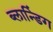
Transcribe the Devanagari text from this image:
ब्लान्डिंग